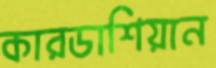
কারডাশিয়ান